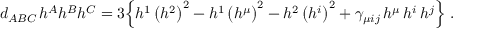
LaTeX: d _ { A B C } \, h ^ { A } h ^ { B } h ^ { C } = 3 \Big \{ h ^ { 1 } \, \big ( h ^ { 2 } \big ) ^ { 2 } - h ^ { 1 } \, \big ( h ^ { \mu } \big ) ^ { 2 } - h ^ { 2 } \, \big ( h ^ { i } \big ) ^ { 2 } + \gamma _ { \mu i j } \, h ^ { \mu } \, h ^ { i } \, h ^ { j } \Big \} \ .